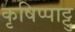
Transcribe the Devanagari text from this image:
कृषिप्पाट्टु